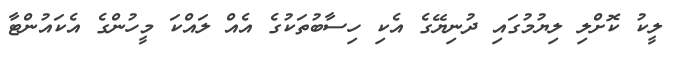
ލީކު ކޮށްލި ލިޔުމުގައި ދުނިޔޭގެ އެކި ހިސާބުތަކުގެ އެއް ލައްކަ މީހުންގެ އެކައުންޓާ